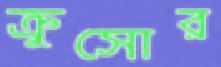
ক্রুসোর